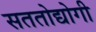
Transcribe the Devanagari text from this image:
सततोद्योगी